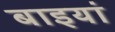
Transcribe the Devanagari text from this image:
बाइयां